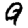
Digit: 9